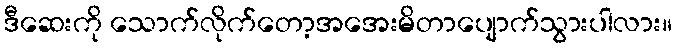
ဒီဆေးကို သောက်လိုက်တော့အအေးမိတာပျောက်သွားပါလား။